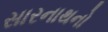
સારનાથનો